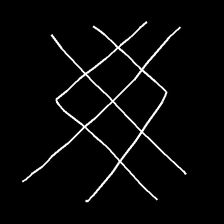
Glyph: crystal